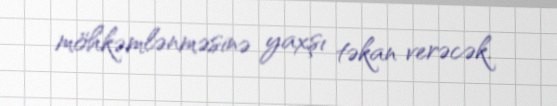
möhkəmlənməsinə yaxşı təkan verəcək.